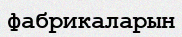
фабрикаларын